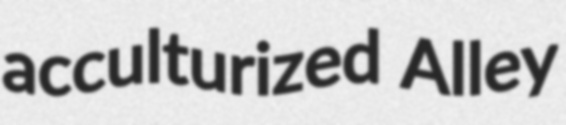
acculturized Alley